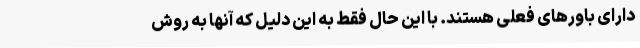
دارای باورهای فعلی هستند. با این حال فقط به این دلیل که آنها به روش